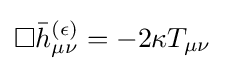
\square {\bar {h}}_{\mu \nu }^{(\epsilon )}=-2\kappa T_{\mu \nu }